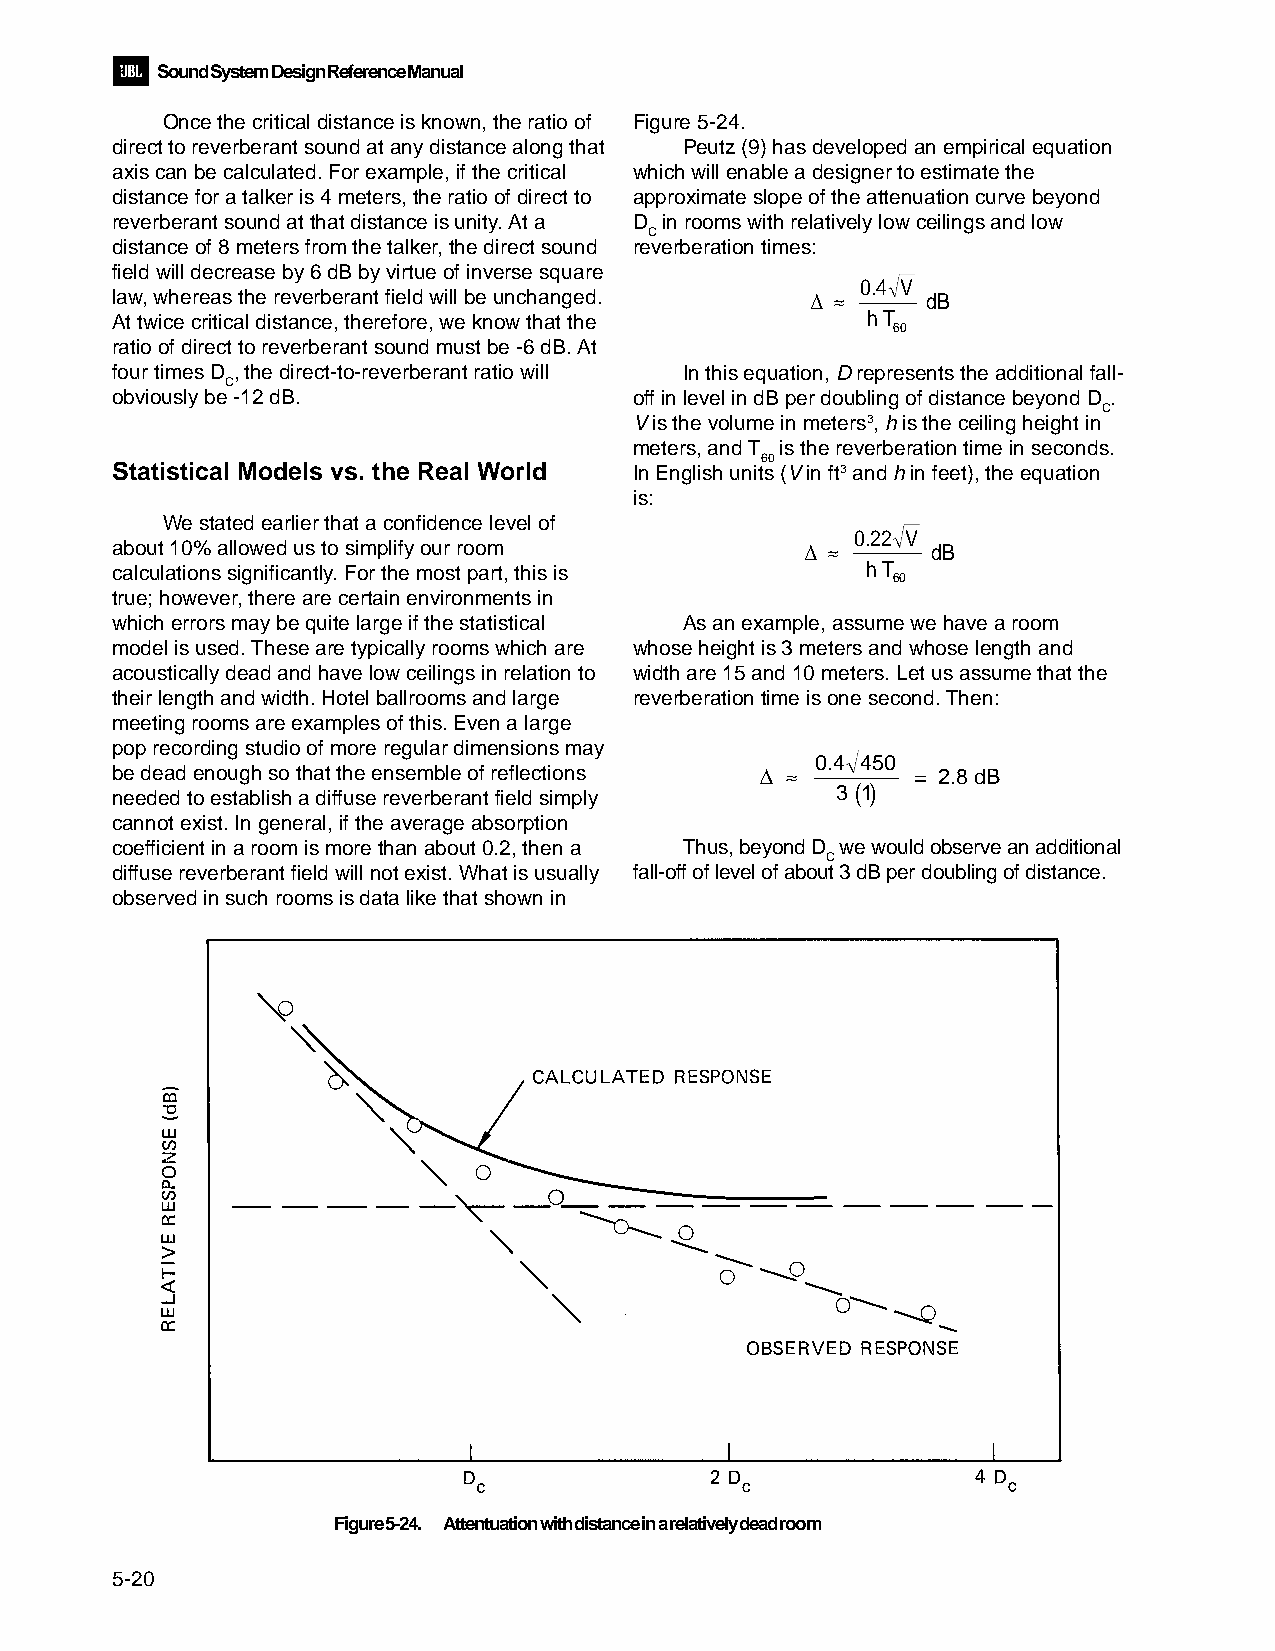
Sound System Design Reference Manual
 Once the critical distance is known, the ratio of Figure 5-24.
 direct to reverberant sound at any distance along that Peutz (9) has developed an empirical equation
 axis can be calculated. For example, if the critical which will enable a designer to estimate the
 distance for a talker is 4 meters, the ratio of direct to approximate slope of the attenuation curve beyond
 reverberant sound at that distance is unity. At a D in rooms with relatively low ceilings and low
 C
 distance of 8 meters from the talker, the direct sound reverberation times:
 field will decrease by 6 dB by virtue of inverse square
 0.4 V
 law, whereas the reverberant field will be unchanged. ∆ ≈ dB
 At twice critical distance, therefore, we know that the h T
 60
 ratio of direct to reverberant sound must be -6 dB. At
 four times D , the direct-to-reverberant ratio will In this equation, D represents the additional fall-
 C
 obviously be -12 dB.               off in level in dB per doubling of distance beyond D .
 C
 V is the volume in meters3, h is the ceiling height in
 meters, and T is the reverberation time in seconds.
 60
 Statistical Models vs. the Real World In English units (V in ft3 and h in feet), the equation
 is:
 We stated earlier that a confidence level of
 0.22 V
 about 10% allowed us to simplify our room     ∆ ≈      dB
 calculations significantly. For the most part, this is h T
 60
 true; however, there are certain environments in
 which errors may be quite large if the statistical As an example, assume we have a room
 model is used. These are typically rooms which are whose height is 3 meters and whose length and
 acoustically dead and have low ceilings in relation to width are 15 and 10 meters. Let us assume that the
 their length and width. Hotel ballrooms and large reverberation time is one second. Then:
 meeting rooms are examples of this. Even a large
 pop recording studio of more regular dimensions may
 0.4 450
 be dead enough so that the ensemble of reflections ∆ ≈ = 2.8 dB
 ( )
 needed to establish a diffuse reverberant field simply 3 1
 cannot exist. In general, if the average absorption
 coefficient in a room is more than about 0.2, then a Thus, beyond D we would observe an additional
 C
 diffuse reverberant field will not exist. What is usually fall-off of level of about 3 dB per doubling of distance.
 observed in such rooms is data like that shown in
 Figure 5-24. Attentuation with distance in a relatively dead room
 5-20